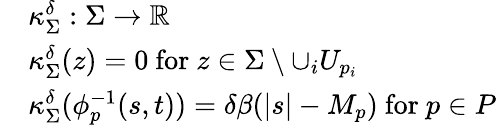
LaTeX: \begin{array}{rl}&{\kappa_{\Sigma}^{\delta}:\Sigma\to\mathbb{R}}\\ &{\kappa_{\Sigma}^{\delta}(z)=0\mathrm{~for~}z\in\Sigma\setminus\cup_{i}U_{p_{i}}}\\ &{\kappa_{\Sigma}^{\delta}(\phi_{p}^{-1}(s,t))=\delta\beta(|s|-M_{p})\mathrm{~for~}p\in P}\end{array}